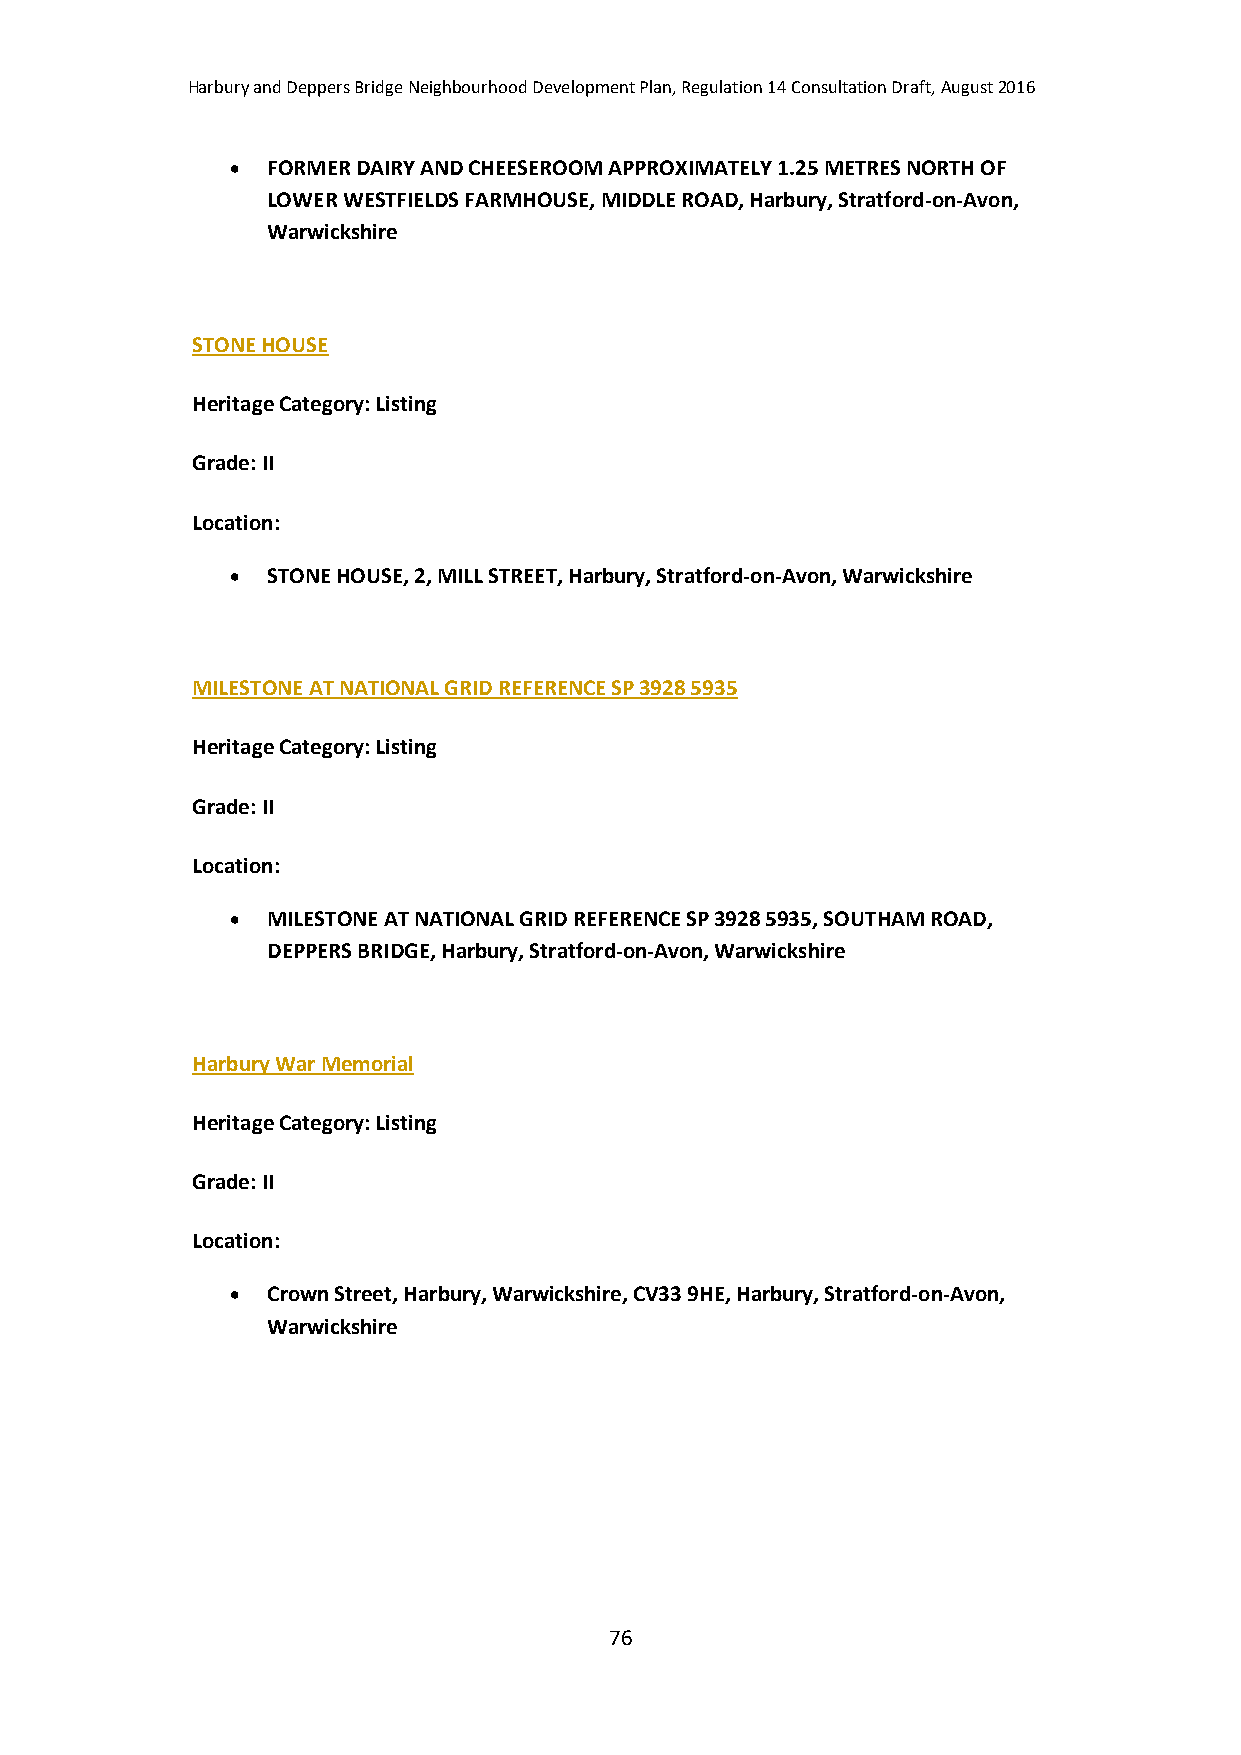
Harbury and Deppers Bridge Neighbourhood Development Plan, Regulation 14 Consultation Draft, August 2016
   FORMER DAIRY AND CHEESEROOM APPROXIMATELY 1.25 METRES NORTH OF
 LOWER WESTFIELDS FARMHOUSE, MIDDLE ROAD, Harbury, Stratford-on-Avon,
 Warwickshire
 STONE HOUSE
 Heritage Category: Listing
 Grade: II
 Location:
   STONE HOUSE, 2, MILL STREET, Harbury, Stratford-on-Avon, Warwickshire
 MILESTONE AT NATIONAL GRID REFERENCE SP 3928 5935
 Heritage Category: Listing
 Grade: II
 Location:
   MILESTONE AT NATIONAL GRID REFERENCE SP 3928 5935, SOUTHAM ROAD,
 DEPPERS BRIDGE, Harbury, Stratford-on-Avon, Warwickshire
 Harbury War Memorial
 Heritage Category: Listing
 Grade: II
 Location:
   Crown Street, Harbury, Warwickshire, CV33 9HE, Harbury, Stratford-on-Avon,
 Warwickshire
 76